Lunatic asylums Punjab 1868-1880 - 1868-1880
Year: 1868
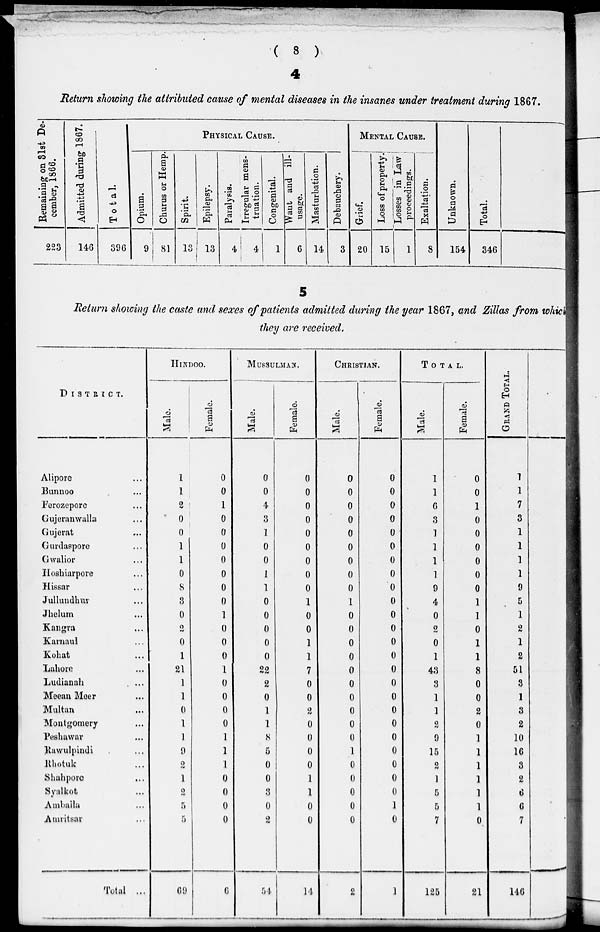
( 8 )
4
Return showing the attributed cause of mental diseases in the insanes under treatment during 1867.
Remaining on 31st De-
cember, 1866.
223
Admitted during 1867.
146
Total.
396
PHYSICAL CAUSE.
Opium.
9
Churus or Hemp.
81
Spirit.
13
Epilepsy.
13
Paralysis.
4
Irregular mens-
truation.
4
Congenital.
1
Want and ill-
usage.
6
Masturbation.
14
Debauchery.
3
MENTAL CAUSE.
Grief.
20
Loss of property.
15
Losses in Law
proceedings.
1
Exaltation.
8
Unknown.
154
Total.
346
5
Return showing the caste and sexes of patients admitted during the year 1867, and Zillas from which
they are received.
DISTRICT.
Alipore ...
Bunnoo ...
Ferozepore ...
Gujeranwalla ...
Gujerat ...
Gurdaspore ...
Gwalior ...
Hoshiarpore ...
Hissar ...
Jullundhur ...
Jhelum ...
Kangra ...
Karnaul ...
Kohat ...
Lahore ...
Ludianah ...
Meean Meer ...
Multan ...
Montgomery
Peshawar ...
Rawulpindi ...
Rhotuk ...
Shahpore ...
Syalkot ...
Amballa ...
Amritsar ...
Total ...
HINDOO.
Male.
1
1
2
0
0
1
1
0
8
3
0
2
0
1
21
1
1
0
1
1
9
2
1
2
5
5
69
Female.
0
0
1
0
0
0
0
0
0
0
1
0
0
0
1
0
0
0
0
1
1
1
0
0
0
0
6
MUSSULMAN.
Male.
0
0
4
3
1
0
0
1
1
0
0
0
0
0
22
2
0
1
1
8
5
0
0
3
0
2
54
Female.
0
0
0
0
0
0
0
0
0
1
0
0
1
1
7
0
0
2
0
0
0
0
1
1
0
0
14
CHRISTIAN.
Male.
0
0
0
0
0
0
0
0
0
1
0
0
0
0
0
0
0
0
0
0
1
0
0
0
0
0
2
Female.
0
0
0
0
0
0
0
0
0
0
0
0
0
0
0
0
0
0
0
0
0
0
0
0
1
0
1
TOTAL.
Male.
1
1
6
3
1
1
1
1
9
4
0
2
0
1
43
3
1
1
2
9
15
2
1
5
5
7
125
Female.
0
0
1
0
0
0
0
0
0
1
1
0
1
1
8
0
0
2
0
1
1
1
1
1
1
0
21
GRAND
TOTAL.
1
1
7
3
1
1
1
1
9
5
1
2
1
2
51
3
1
3
2
10
16
3
2
6
6
7
146